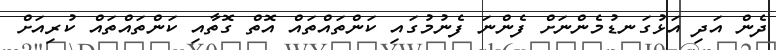
ދެން އަދި އަޅުގަނޑުމެންނަށް ފެންނަ ފެނުމުގައި ކަންތައްތައް އޮތް ގޮތާއި ކަންތައްތައް ކުރިއަށް